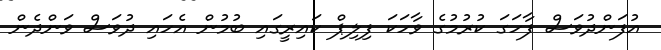
އުފަންދުވަސް ފާހަގަ ކުރުމުގެ ވާހަކަ ފިލިޕް ކައިރީގައި ބުމުން އެހައި ދުވަސް ވަންދެން